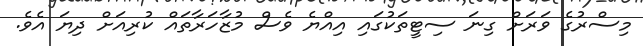
މިސްރުގެ ވަރަށް ގިނަ ސިޓީތަކުގައި އިއްޔެ ވެސް މުޒާހަރާތައް ކުރިއަށް ދިޔަ އެވެ.